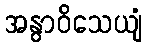
အနွာဝိသေယျံ